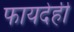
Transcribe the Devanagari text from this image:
फायदेही